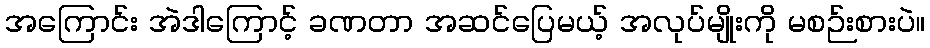
အကြောင်း အဲဒါကြောင့် ခဏတာ အဆင်ပြေမယ့် အလုပ်မျိုးကို မစဉ်းစားပဲ။